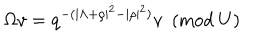
\Omega v = q ^ { - ( | \Lambda + \rho | ^ { 2 } - | \rho | ^ { 2 } ) } v ~ ~ ( \mathrm { m o d } ~ U )